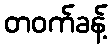
တဝက်ခန့်